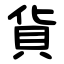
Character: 貨